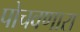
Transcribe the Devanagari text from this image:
पोचवणारा